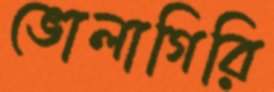
ভোলাগিরি